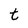
Character: t